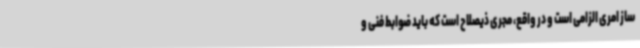
ساز امری الزامی است و در واقع، مجری ذیصلاح است که باید ضوابط فنی و